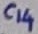
Text: C14